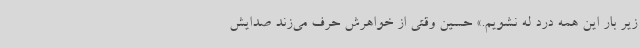
زیر بار این همه درد له نشویم.» حسین وقتی از خواهرش حرف می‌زند صدایش